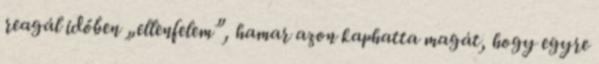
reagál időben „ellenfelem”, hamar azon kaphatta magát, hogy egyre